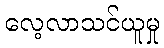
လေ့လာသင်ယူမှု